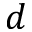
d